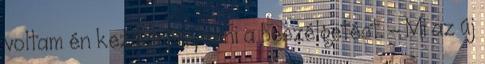
voltam én kezdeményezni a beszélgetést. - Mi az új